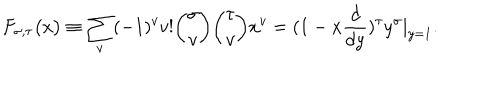
LaTeX: F _ { \sigma , \tau } \big ( x \big ) \equiv \sum _ { v } ( - 1 ) ^ { v } v ! { \binom { \sigma } { v } } { \binom { \tau } { v } } x ^ { v } = ( 1 - x { \frac { d } { d y } } ) ^ { \tau } y ^ { \sigma } | _ { y = 1 } .